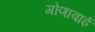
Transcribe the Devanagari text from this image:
गोणाबाई